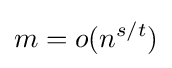
m=o(n^{s/t})